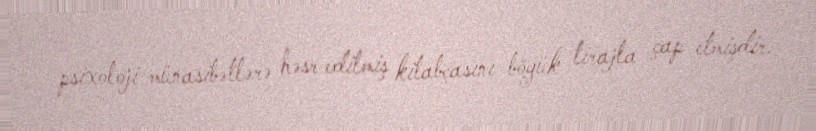
psixoloji münasibətlərə həsr edilmiş kitabçasını böyük tirajla çap etmişdir.